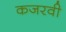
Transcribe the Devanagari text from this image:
कजरवी